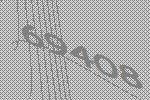
69408